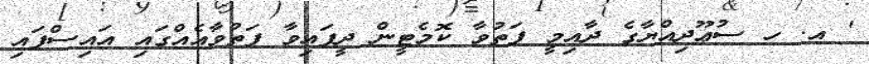
' އ. ހ ސުޢޫދިއްޔާގެ ދާއިމީ ފަތުވާ ކޮމެޓީން ދީފައިވާ ފަތުވާއެއްގައި އައިސްފައި